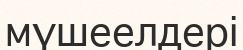
мүшеелдері